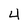
Character: 4